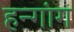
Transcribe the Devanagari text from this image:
हन्गांग